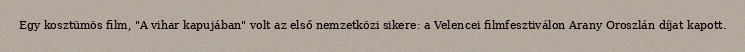
Egy kosztümös film, "A vihar kapujában" volt az első nemzetközi sikere: a Velencei filmfesztiválon Arany Oroszlán díjat kapott.